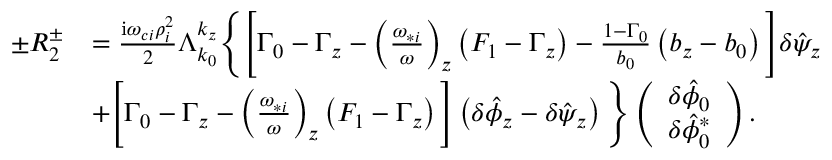
\begin{array} { r l } { \pm R _ { 2 } ^ { \pm } } & { = \frac { \mathrm { i } \omega _ { c i } \rho _ { i } ^ { 2 } } { 2 } \Lambda _ { k _ { 0 } } ^ { k _ { z } } \Bigg \{ \Bigg [ \Gamma _ { 0 } - \Gamma _ { z } - \left( \frac { \omega _ { * i } } { \omega } \right) _ { z } \left( F _ { 1 } - \Gamma _ { z } \right) - \frac { 1 - \Gamma _ { 0 } } { b _ { 0 } } \left( b _ { z } - b _ { 0 } \right) \Bigg ] \delta \hat { \psi } _ { z } } \\ & { + \Bigg [ \Gamma _ { 0 } - \Gamma _ { z } - \left( \frac { \omega _ { * i } } { \omega } \right) _ { z } \left( F _ { 1 } - \Gamma _ { z } \right) \Bigg ] \left( \delta \hat { \phi } _ { z } - \delta \hat { \psi } _ { z } \right) \Bigg \} \left( \begin{array} { c } { \delta \hat { \phi } _ { 0 } } \\ { \delta \hat { \phi } _ { 0 } ^ { * } } \end{array} \right) . } \end{array}